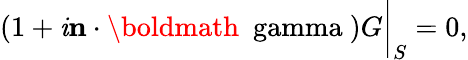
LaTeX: (1+\mathit{i}{\mathbf{n}}\cdot\mathrm{{\boldmath{~\ gamma~}}})G\bigg|_{S}=0,